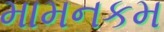
મામનકમ